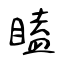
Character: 瞌